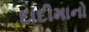
દાદીમાનો